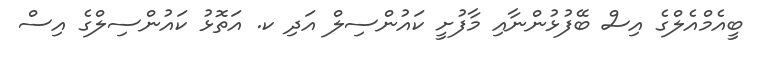
ބީއެމްއެލްގެ އިސް ބޭފުޅުންނާއި މާފުށީ ކައުންސިލް އަދި ކ. އަތޮޅު ކައުންސިލްގެ އިސް